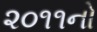
૨૦૧૧નો